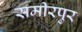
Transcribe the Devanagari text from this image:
समीरपुर